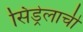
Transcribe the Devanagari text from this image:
सिंड्रेलाची